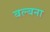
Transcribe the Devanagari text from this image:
बल्बना